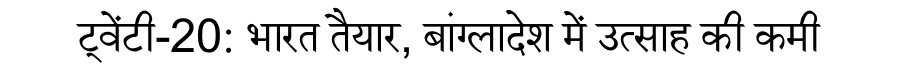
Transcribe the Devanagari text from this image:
ट्वेंटी-20: भारत तैयार, बांग्लादेश में उत्साह की कमी